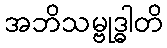
အဘိသမ္ဗုဒ္ဓါတိ